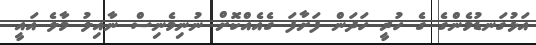
އަޅުގަނޑުމެންގެ ގެ ހުރީ ހަދަން ފަށާފަ ގެއެއްކޮށް ނުނިމެނިސް ނާއިލު މާލެ އައީ